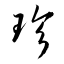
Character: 珍